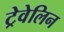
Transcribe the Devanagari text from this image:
ट्रेवेलिन